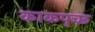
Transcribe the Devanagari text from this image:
काकपुच्छ